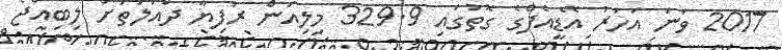
2017 ވަނަ އަހަރު އޭޑީއެފްގެ ގޮތުގައި 329.9 މިލިއަން ރުފިޔާ ދައުލަތަށް ލިބިއްޖެ